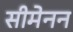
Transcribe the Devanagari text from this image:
सीमेनन